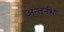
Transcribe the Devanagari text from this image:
अन्तर्नभ